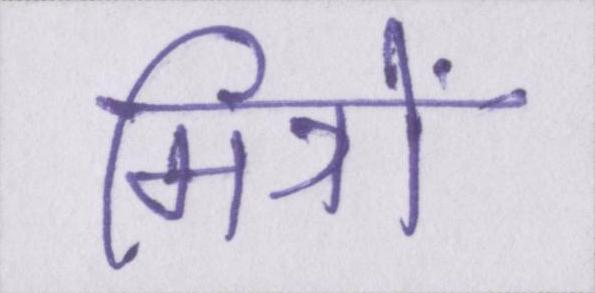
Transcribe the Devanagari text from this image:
मित्रों